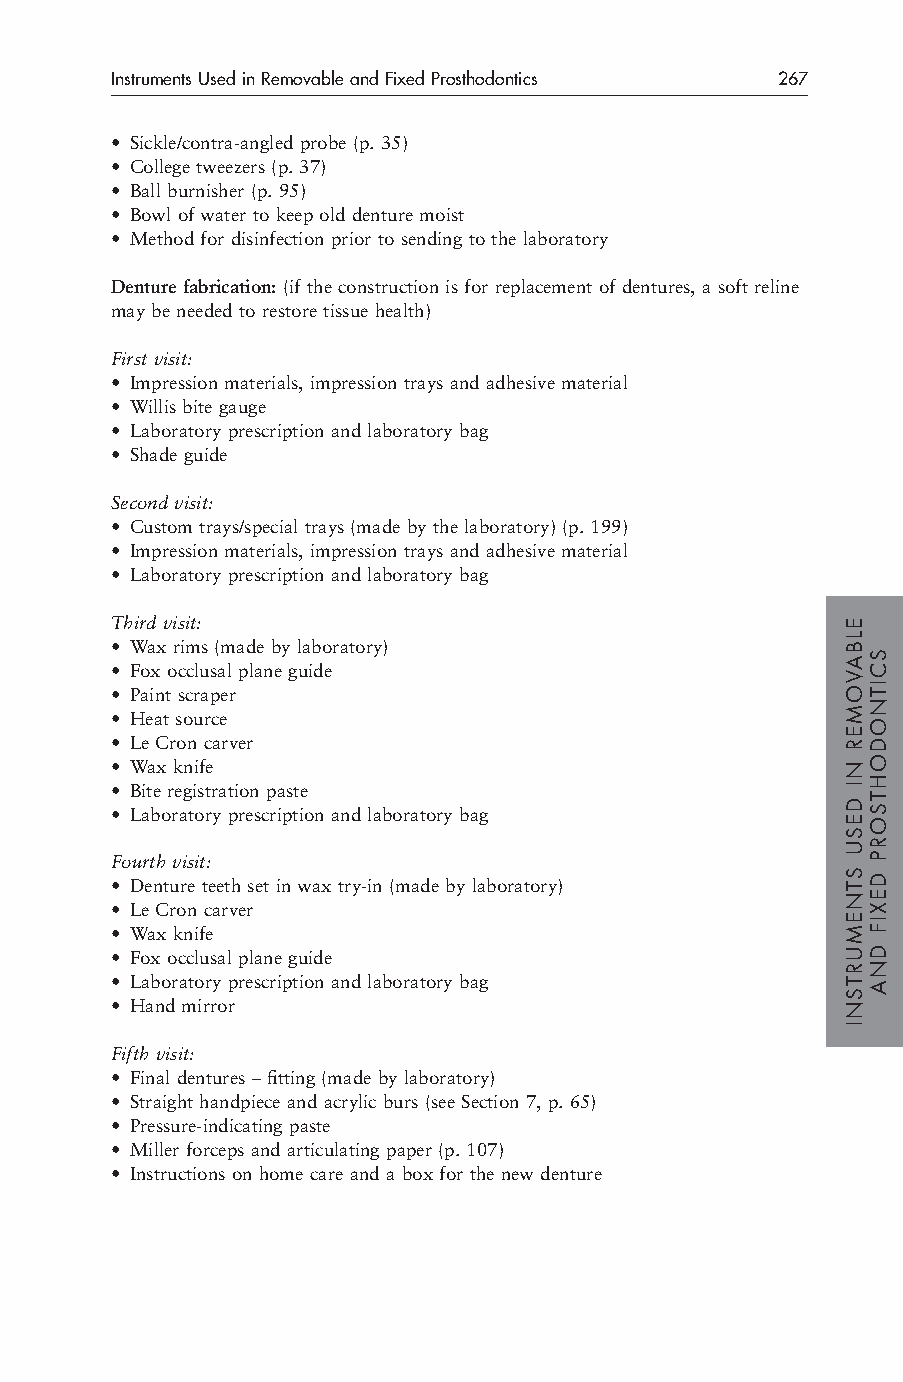
Instruments Used in Removable and Fixed Prosthodontics 267
 • Sickle/contra-angled probe (p. 35)
 • College tweezers (p. 37)
 • Ball burnisher (p. 95)
 • Bowl of water to keep old denture moist
 • Method for disinfection prior to sending to the laboratory
 Denture fabrication:(if the construction is for replacement of dentures, a soft reline
 may be needed to restore tissue health)
 First visit:
 • Impression materials, impression trays and adhesive material
 • Willis bite gauge
 • Laboratory prescription and laboratory bag
 • Shade guide
 Second visit:
 • Custom trays/special trays (made by the laboratory) (p. 199)
 • Impression materials, impression trays and adhesive material
 • Laboratory prescription and laboratory bag
 Third visit:
 • Wax rims (made by laboratory)
 • Fox occlusal plane guide
 • Paint scraper
 • Heat source
 • Le Cron carver
 • Wax knife
 • Bite registration paste
 • Laboratory prescription and laboratory bag
 Fourth visit:
 • Denture teeth set in wax try-in (made by laboratory)
 • Le Cron carver
 • Wax knife
 • Fox occlusal plane guide
 • Laboratory prescription and laboratory bag
 • Hand mirror
 Fifth visit:
 • Final dentures – fitting (made by laboratory)
 • Straight handpiece and acrylic burs (see Section 7, p. 65)
 • Pressure-indicating paste
 • Miller forceps and articulating paper (p. 107)
 • Instructions on home care and a box for the new denture
 ELBAVOMER
 NI
 DESU
 STNEMURTSNI
 SCITNODOHTSORP
 DEXIF
 DNA